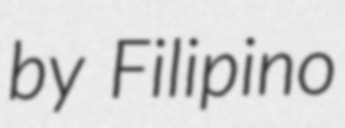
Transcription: by Filipino